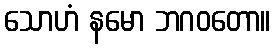
သောဟံ နမော ဘဂဝတော။